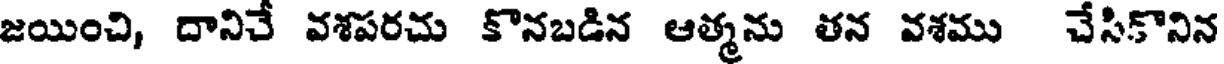
జయించి, దానిచే వశపరచు కొనబడిన ఆత్మను తన వశము చేసికొనిన